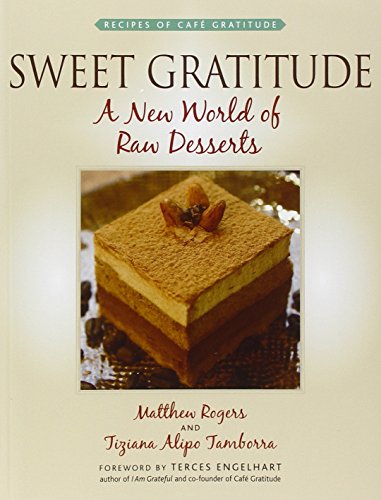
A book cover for Sweet Gratitude: A New World of Raw Desserts; Matthew Rogers; Cookbooks, Food & Wine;